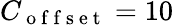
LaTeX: C_{\mathrm{~o~f~f~s~e~t~}}=10